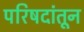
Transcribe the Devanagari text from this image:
परिषदांतून